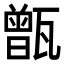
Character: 甑